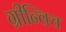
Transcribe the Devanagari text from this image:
ग्रीन्विच